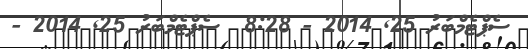
ސެޕްޓެމްބަރު 25